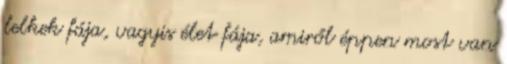
lelkek fája, vagyis élet fája, amiről éppen most van